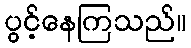
ပွင့်နေကြသည်။